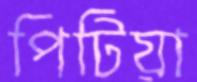
পিটিয়া